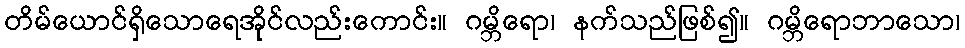
တိမ်ယောင်ရှိသောရေအိုင်လည်းကောင်း။ ဂမ္ဘိရော၊ နက်သည်ဖြစ်၍။ ဂမ္ဘိရောဘာသော၊